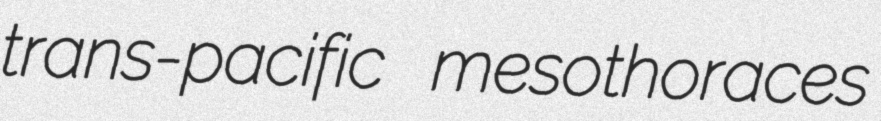
trans-pacific mesothoraces